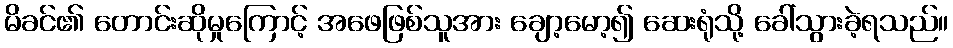
မိခင်၏ တောင်းဆိုမှုကြောင့် အဖေဖြစ်သူအား ချော့မော့၍ ဆေးရုံသို့ ခေါ်သွားခဲ့ရသည်။